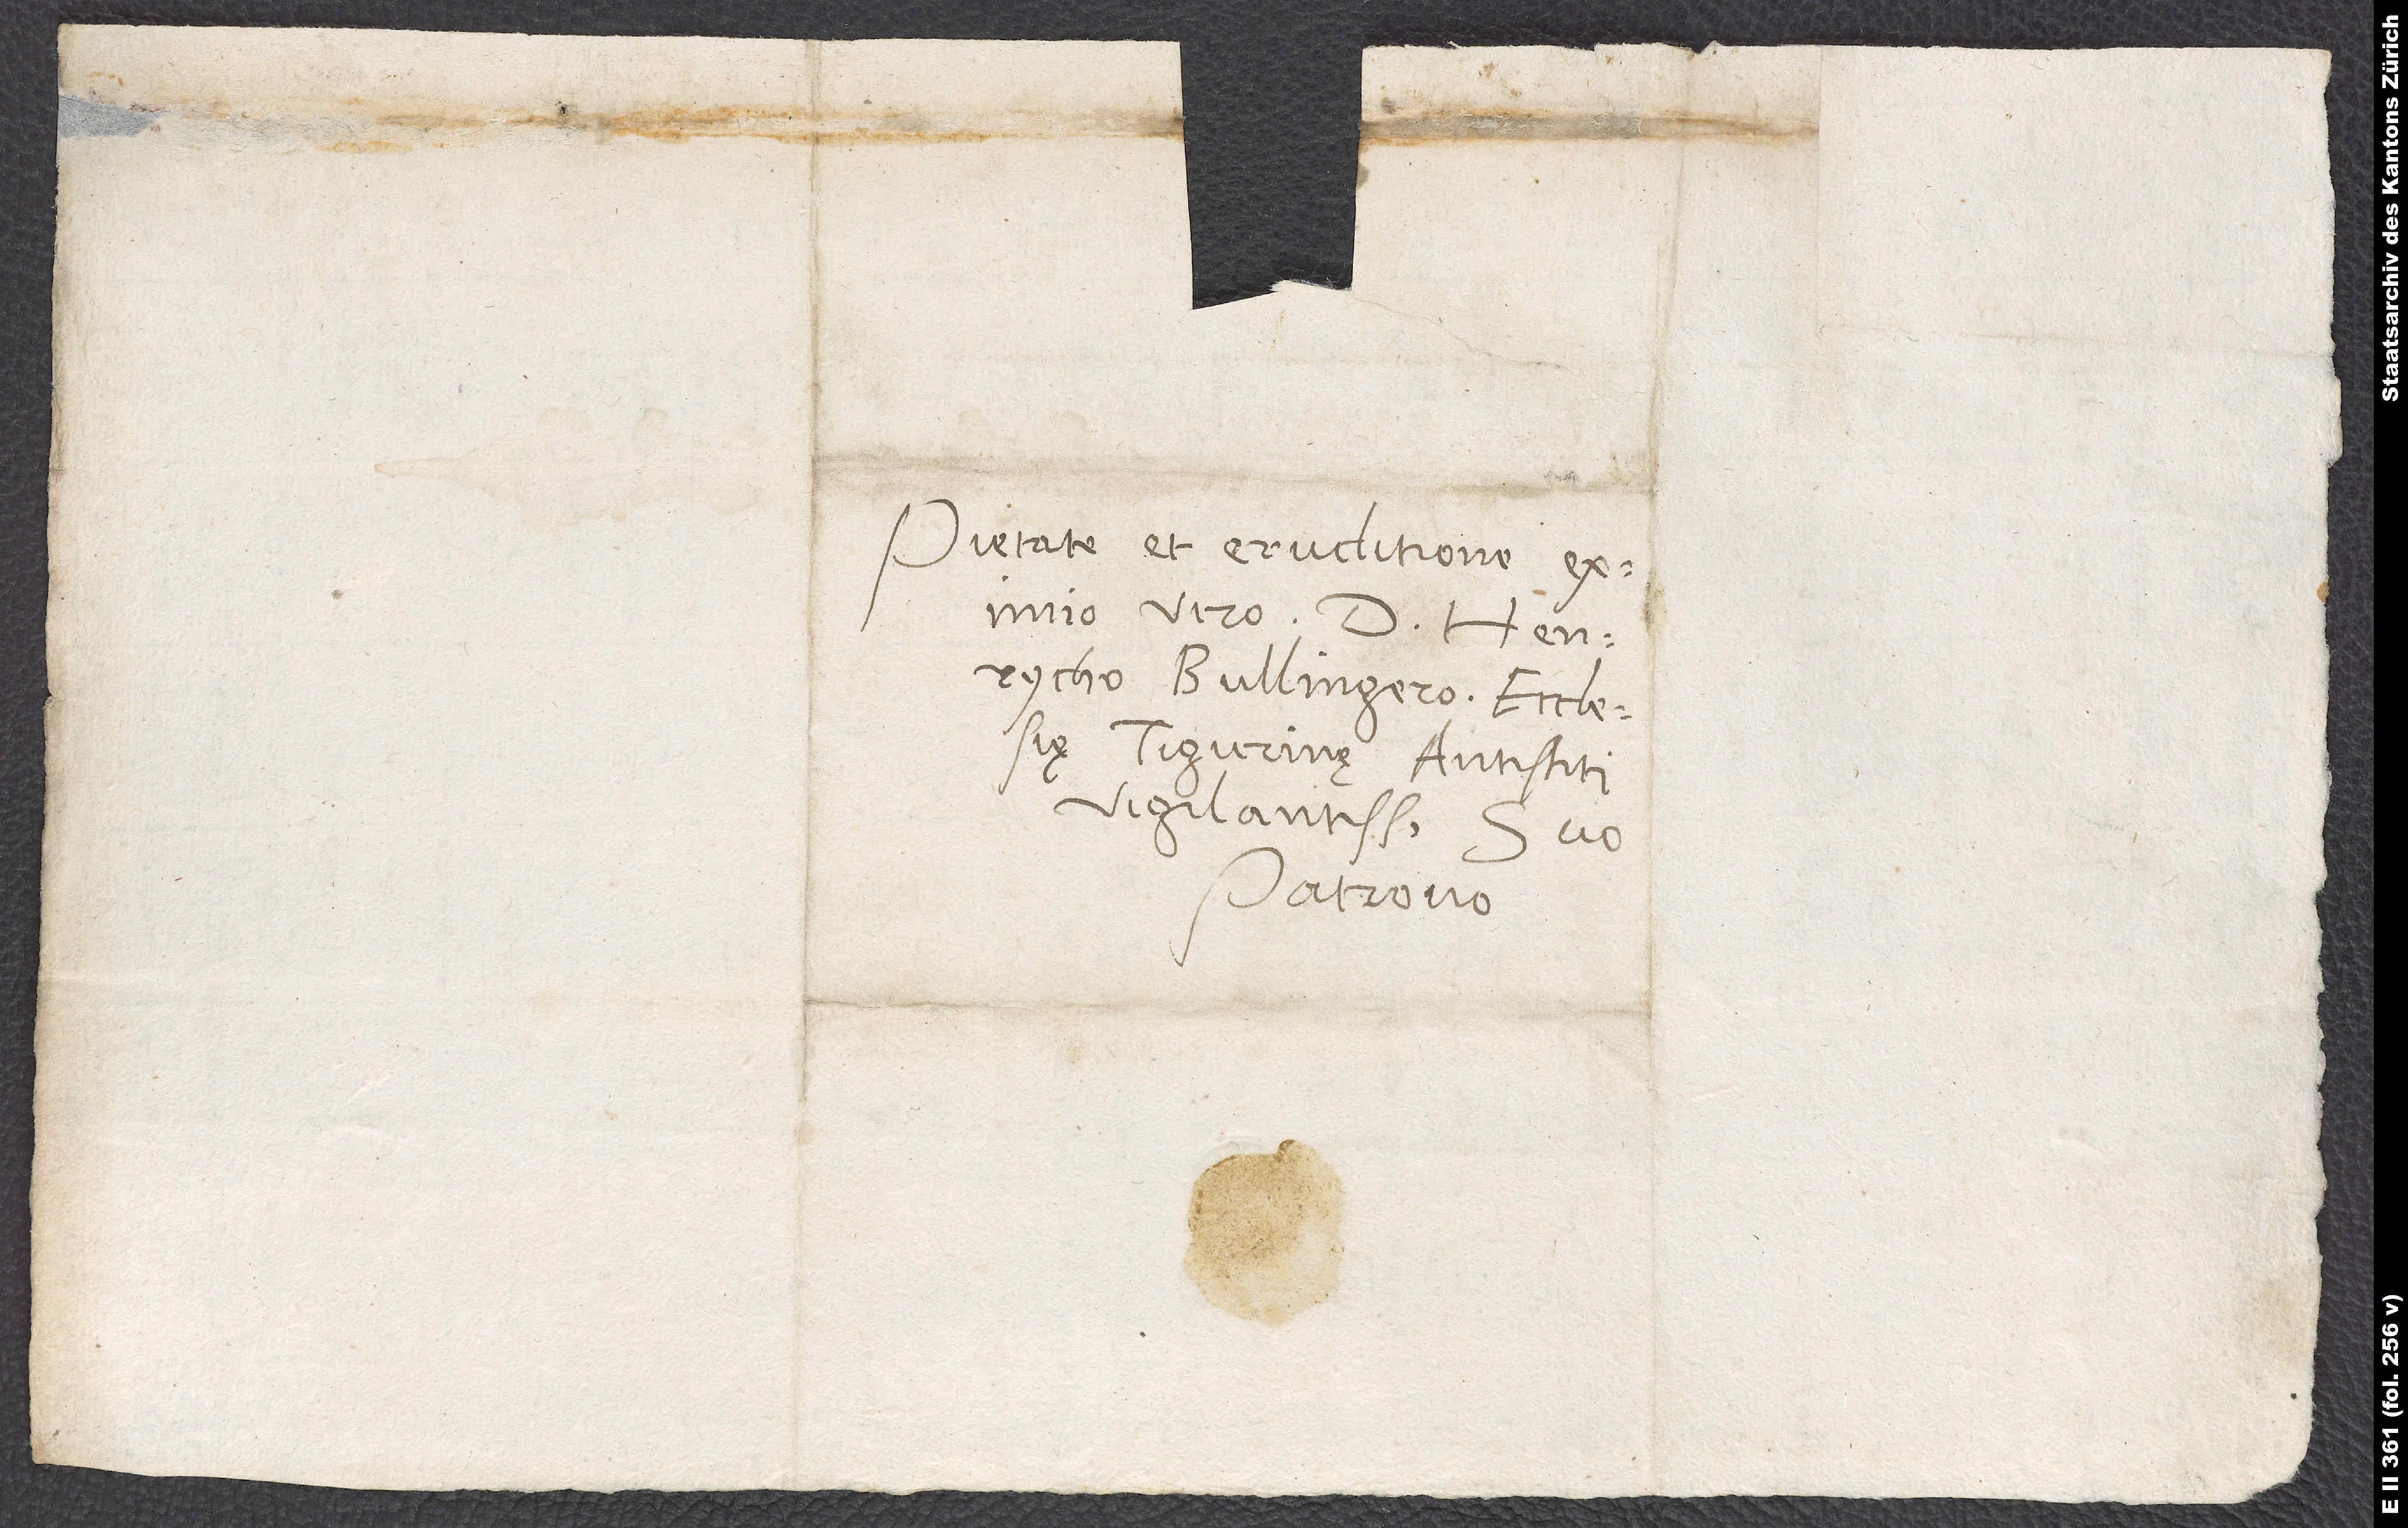
Pietate et eruditione
viro d. Henrycho
Bullingero, ecclesię
Tigurinę antistiti
vigilantissimo, suo
patrono.